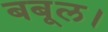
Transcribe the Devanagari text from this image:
बबूल।